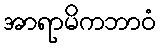
အာရာမိကဘာဝံ